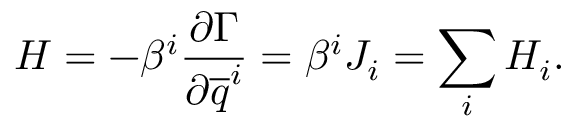
H = - \beta ^ { i } \frac { \partial \Gamma } { \partial \overline { { q } } ^ { i } } = \beta ^ { i } J _ { i } = \sum _ { i } H _ { i } .